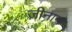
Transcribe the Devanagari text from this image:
ज़ीनान